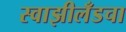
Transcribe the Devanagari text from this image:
स्वाझीलँडचा